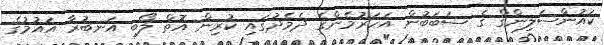
ކައުންސަލިންގް ގެ ސަބަބުން އަހަރުމެންގެ ދެމެދުގައި ކުރިން އޮތް ލޯބި އަނބުރާ އައުމުގެ